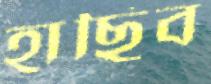
হাছিব